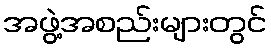
အဖွဲ့အစည်းများတွင်